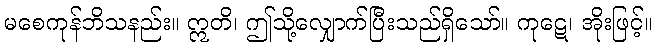
မစေကုန်ဘိသနည်း။ ဣတိ၊ ဤသို့လျှောက်ပြီးသည်ရှိသော်။ ကုဋေ၊ အိုးဖြင့်။